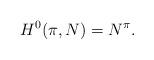
LaTeX: \begin{align*} H^0(\pi,N) = N^{\pi}.\end{align*}